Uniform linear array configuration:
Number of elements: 24
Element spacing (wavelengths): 0.5
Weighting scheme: binomial
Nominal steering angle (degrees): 30
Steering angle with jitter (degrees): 28.835
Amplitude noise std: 0.05
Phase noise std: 0.05

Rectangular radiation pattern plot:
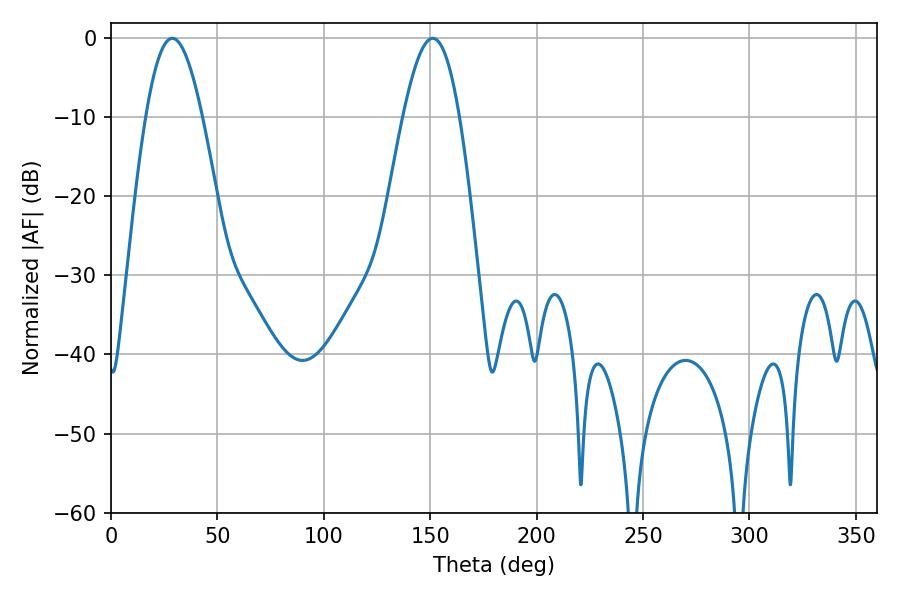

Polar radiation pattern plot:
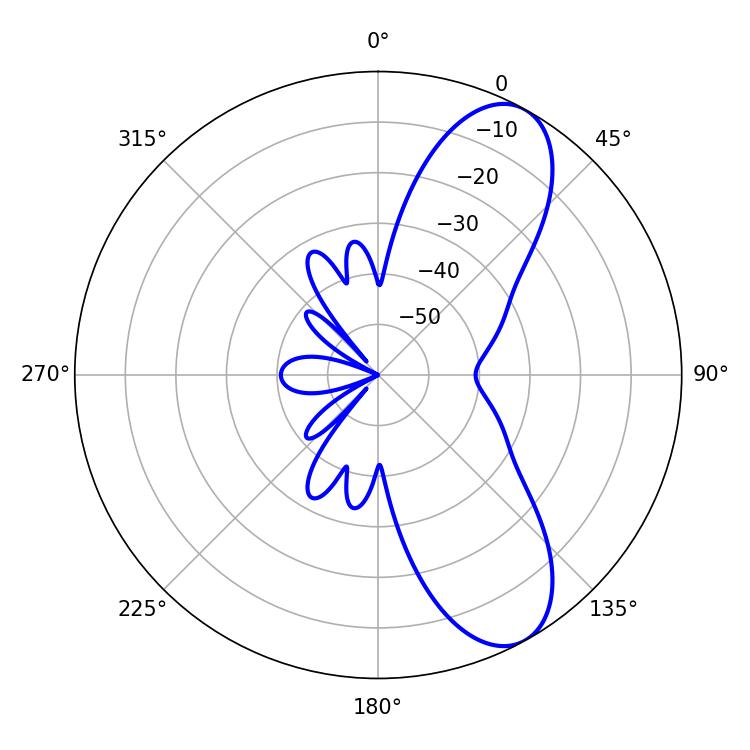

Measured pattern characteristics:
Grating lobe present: FALSE
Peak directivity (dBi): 8.772
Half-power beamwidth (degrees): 14.22
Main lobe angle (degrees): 28.8